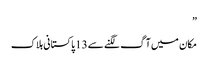
”
مکان میں آگ لگنے سے 13 پاکستانی ہلاک